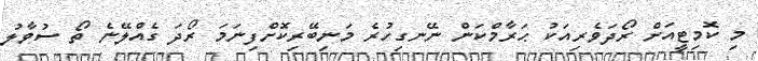
މި ކޮމިޓީއަށް ރޯދަވެރިއަކު ޙަރާމްކަން ނޭނގިހުރެ މަނިބޭރިކޮށްފިނަމަ ރޯދަ ގެއްލޭނެ ތޯ ސުވާލު